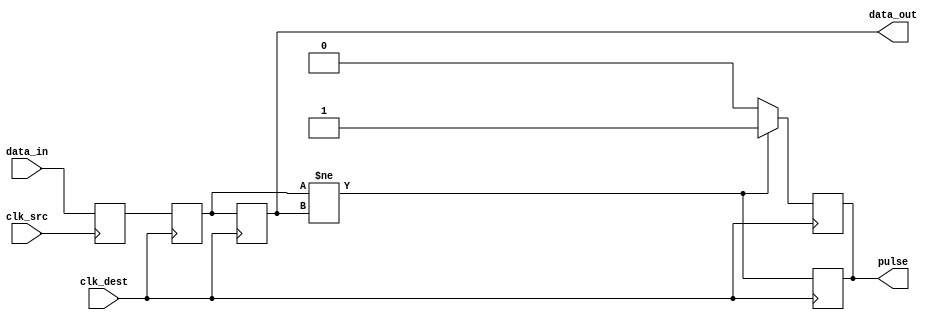
module pulsed_synchronizer #(
    parameter WIDTH = 1  // Width of the input signal
)(
    input  wire [WIDTH-1:0]  data_in,     // Input signal from source clock domain
    input  wire               clk_src,      // Source clock
    input  wire               clk_dest,     // Destination clock
    output reg [WIDTH-1:0]   data_out,     // Synchronized output signal
    output reg               pulse          // Pulse signal indicating data capture
);

    // Internal signals
    reg [WIDTH-1:0] sync_reg1; // First stage register
    reg [WIDTH-1:0] sync_reg2; // Second stage register

    // First flip-flop: samples data_in on clk_src
    always @(posedge clk_src) begin
        sync_reg1 <= data_in; // Sample input signal
    end

    // Second flip-flop: samples sync_reg1 on clk_dest
    always @(posedge clk_dest) begin
        sync_reg2 <= sync_reg1; // Transfer to the destination clock domain
    end

    // Output assignment
    always @(posedge clk_dest) begin
        data_out <= sync_reg2; // Output the synchronized signal
        pulse <= (sync_reg2 != data_out); // Generate pulse if data_out changes
    end

    // Pulse generation logic
    always @(posedge clk_dest) begin
        if (sync_reg2 != data_out) begin
            pulse <= 1'b1; // Generate pulse
        end else begin
            pulse <= 1'b0; // Clear pulse
        end
    end

endmodule